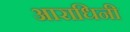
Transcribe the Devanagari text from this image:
आराधिनी